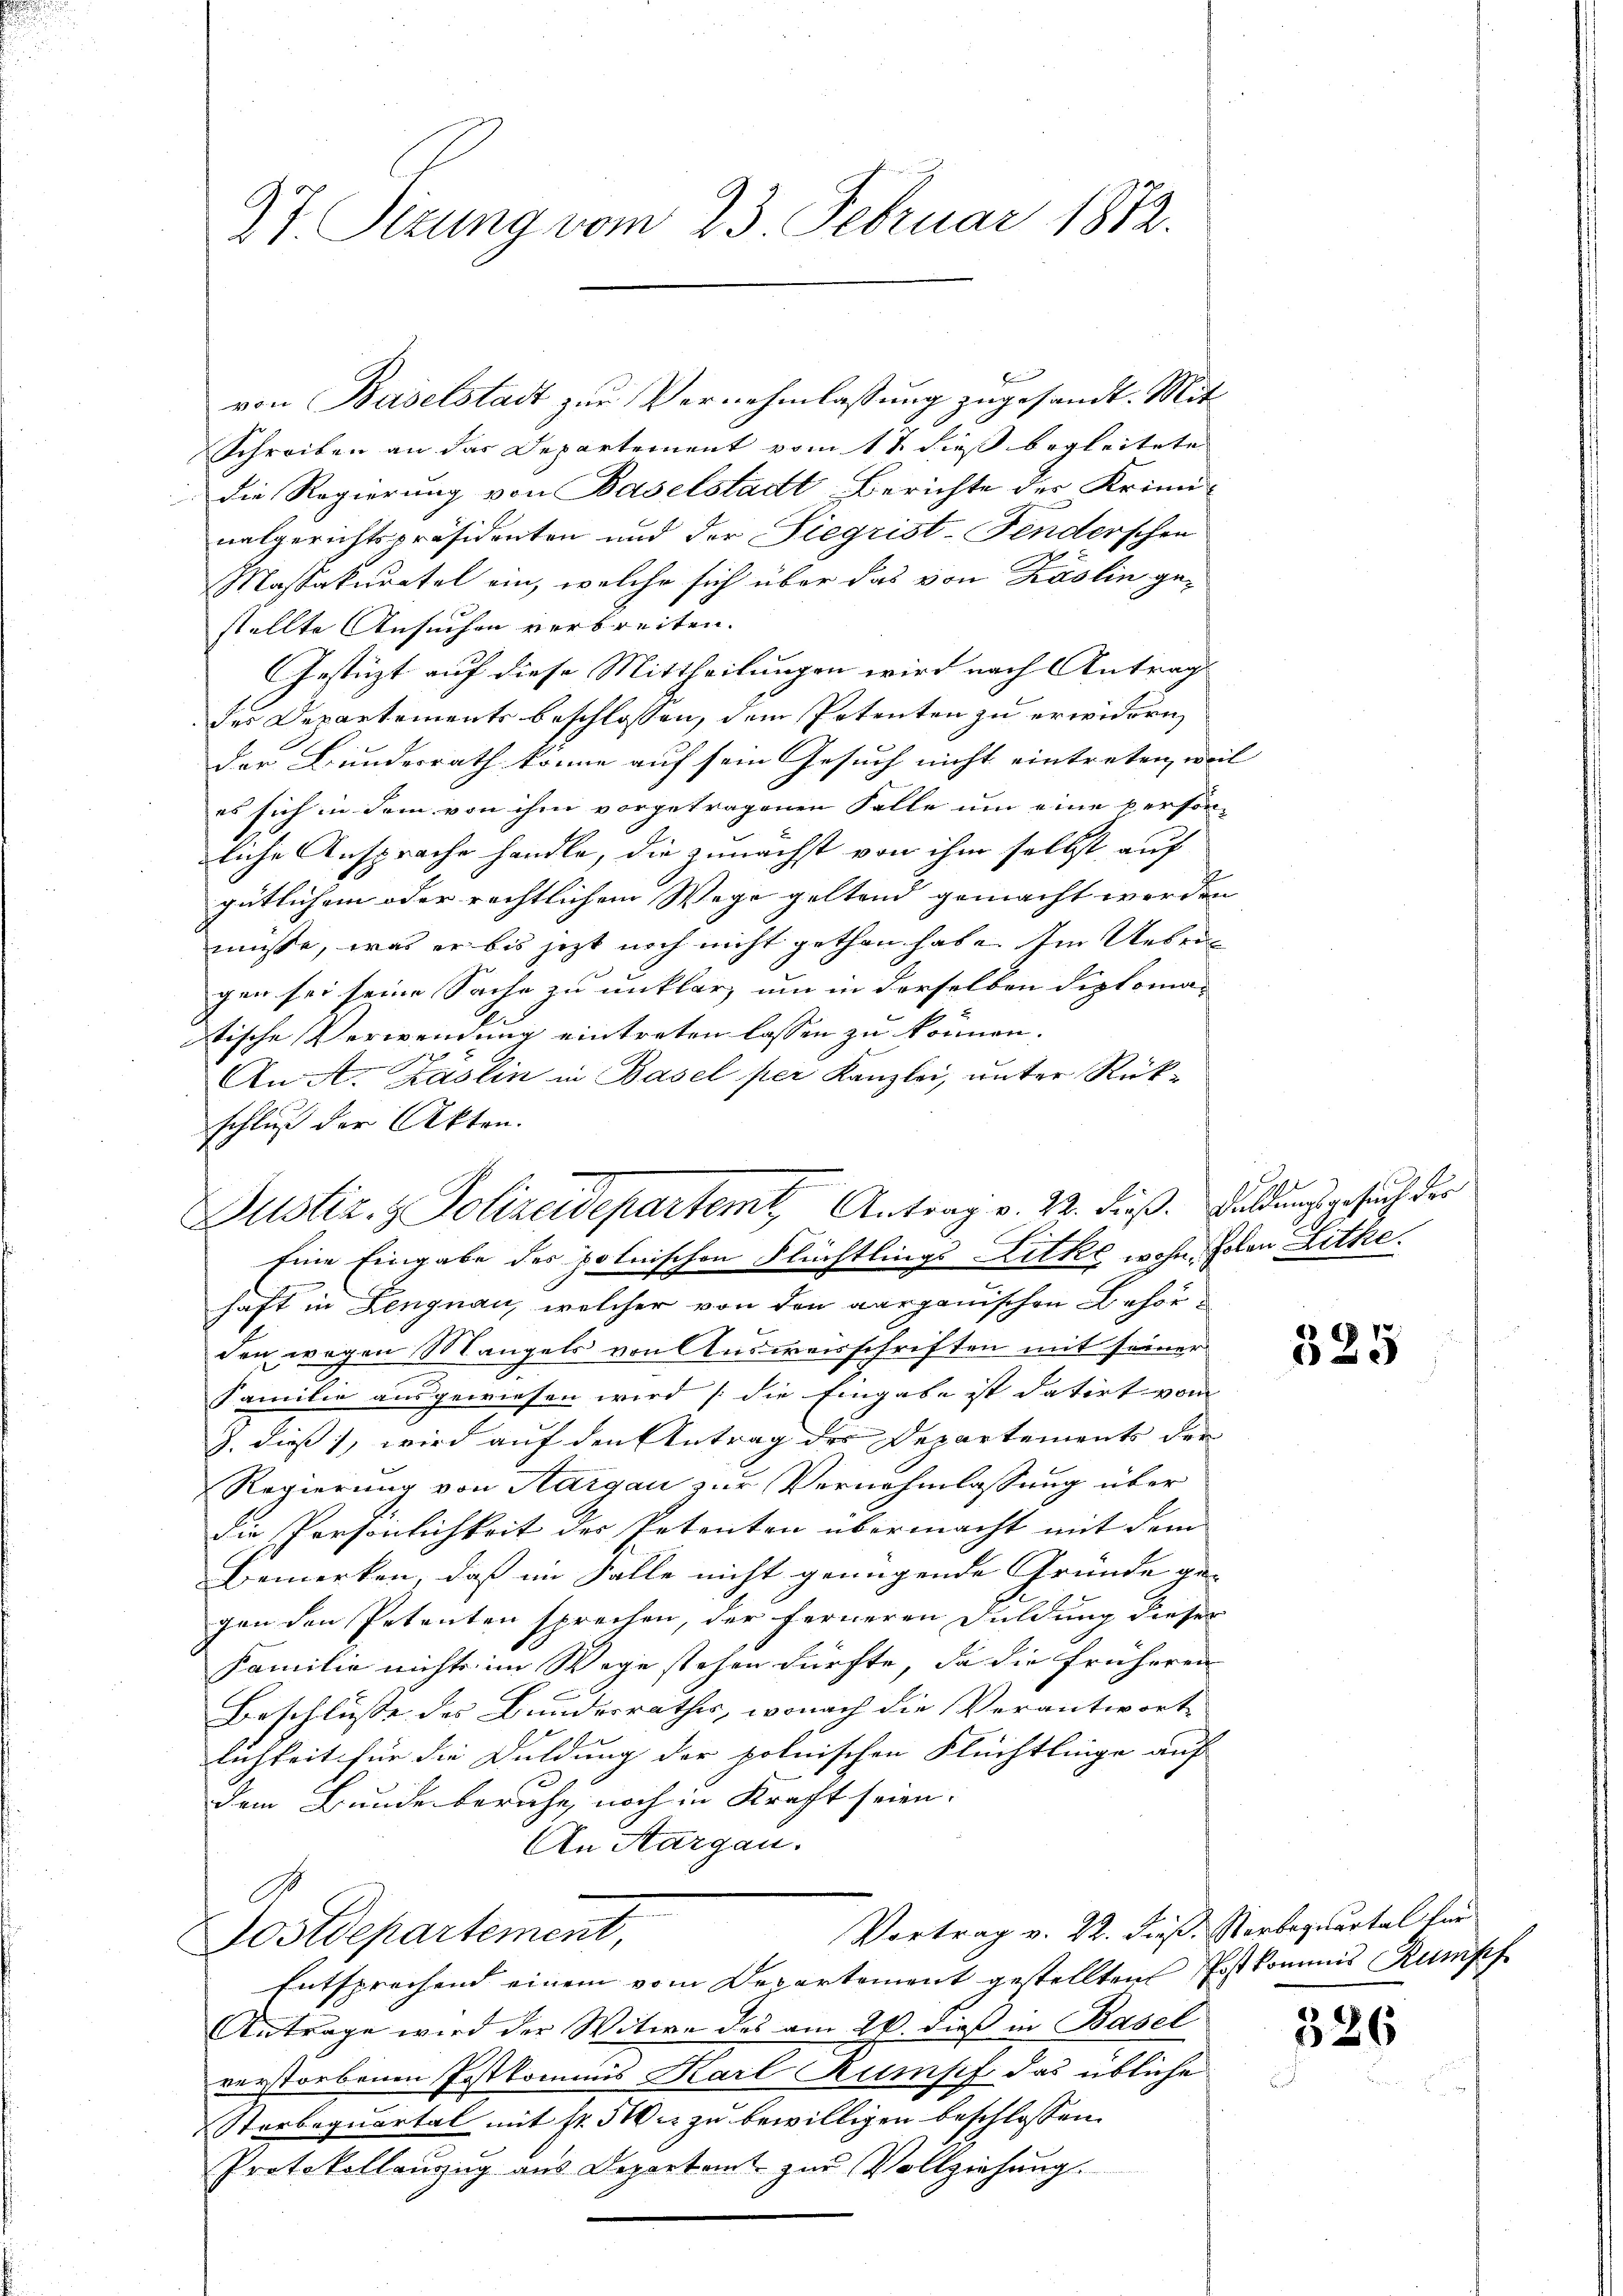
27 Sizung vom 23. Februar 1812.

Schreiben an das Departement vomt, dieß begleitete
Die Regierung von Baselstadt Berichte der Krimi-
nalgerichtspräsidenten und der Siegrist-Fenderschen
Massakuratel ein, welche sich über das von Käslin gestellte Ansuchen verbreiten.
Gestüzt auf diese Mittheilungen wird nach Antrag
des Departements beschlossen, dem Petenten zu erwidern,
der Bundesrath könne auf sein Gesuch nicht eintreten, weil
es sich in dem von ihm vorgetragenen Falle um eine persön-
liche Ansprache handle, die zunächst von ihm selbst auf
gütlichem oder rechtlichem Wege geltend gemacht worden |
müsse, was er bis jetzt noch nicht gethan habe. Im Uesegen sei seine Sache zu unklar, um in derselben Diploma- |
dtische Verwendung eintreten lassen zu können.
An A. Zäslin in Basel per Kanzlei, unter Rükschluß der Akten.
Eine Eingabe der polnischen Flüchtlings Litke wohn, holen Lithe.
haft in Lengnau, welcher von den aargauischen Behörden wegen Mangels von Ausweisschriften mit seiner
Familie ausgewiesen wird (die Eingabe ist datirt vom
J. dieß, wird auf den Antrag des Departements der
Regierung von Aargau zur Vernehmlassung über
die Persönlichkeit der Petenten übermacht mit dem
Bemerken, daß im Falle nicht genügende Gründe ge- |
gen den Petenten sprechen, der ferneren Fuldung dieser
Familie nichts im Wege stehen dürfte, da die früheren
Beschlüsse des Bundesrathes, wonach die Verantwort
lichkeit für die Duldung der polnischen Flüchtlinge auf
dem Bunde beruhe, noch in Kracht seien.
An Aargau.
Vortrag v. 22. dieß, Verbequartal für
Postdepartement,
Entsprechend einem vom Departement gestellten Postkommis Rumpf
Antrage wird der Witwe des am 20. dieß in Basel
verstorbenen Postkommis Karl Rumpf das übliche
Sterbequartal mit Fr. 500 u. zu bewilligen beschlossen.
Protokollanzug aus Departant zur Vollziehung.

von Baselstadt zur Vernehmlassung zugesandt. Mit

Justiz & Polizeidepartemt, Antrag v. 22. dieß. Feldungsgesuch der

325

326